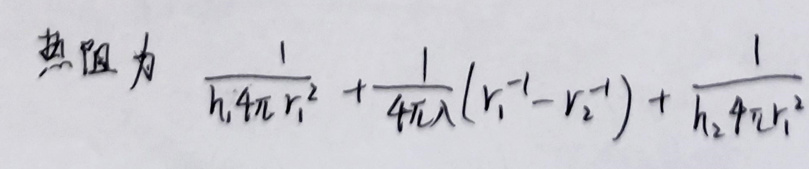
热阻为 $\frac{1}{h_1 4\pi r_1^2}+\frac{1}{4\pi\lambda}(r_1^{-1}-r_2^{-1})+\frac{1}{h_2 4\pi r_2^2}$